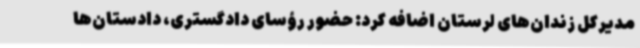
مدیرکل زندان‌های لرستان اضافه کرد: حضور رؤسای دادگستری، دادستان‌ها